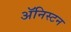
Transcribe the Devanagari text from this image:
ॲनिस्टन